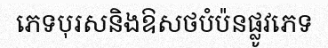
ភេទបុរសនិងឱសថបំប៉នផ្លូវភេទ